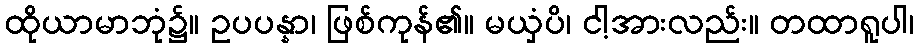
ထိုယာမာဘုံ၌။ ဥပပန္နာ၊ ဖြစ်ကုန်၏။ မယှံပိ၊ ငါ့အားလည်း။ တထာရူပါ၊